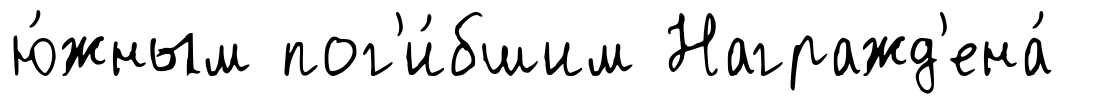
ю́жным пог'и́бшим Награжд'ена́